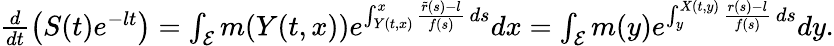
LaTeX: \begin{array}{r}{\frac{d}{dt}\left(S(t)e^{-lt}\right)=\int_{\mathcal{E}}{m(Y(t,x))e^{\int_{Y(t,x)}^{x}{\frac{\tilde{r}(s)-l}{f(s)}\, ds}}dx}=\int_{\mathcal{E}}{m(y)e^{\int_{y}^{X(t,y)}{\frac{r(s)-l}{f(s)}\, ds}}dy}.}\end{array}